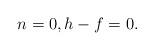
LaTeX: \begin{align*} n=0, h-f = 0.\end{align*}